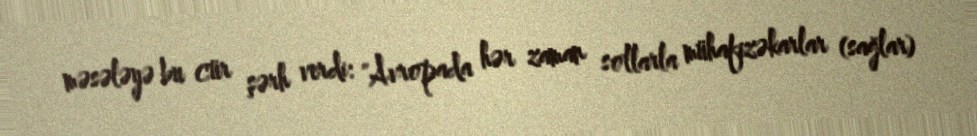
məsələyə bu cür şərh verdi: "Avropada hər zaman sollarla mühafizəkarlar (sağlar)